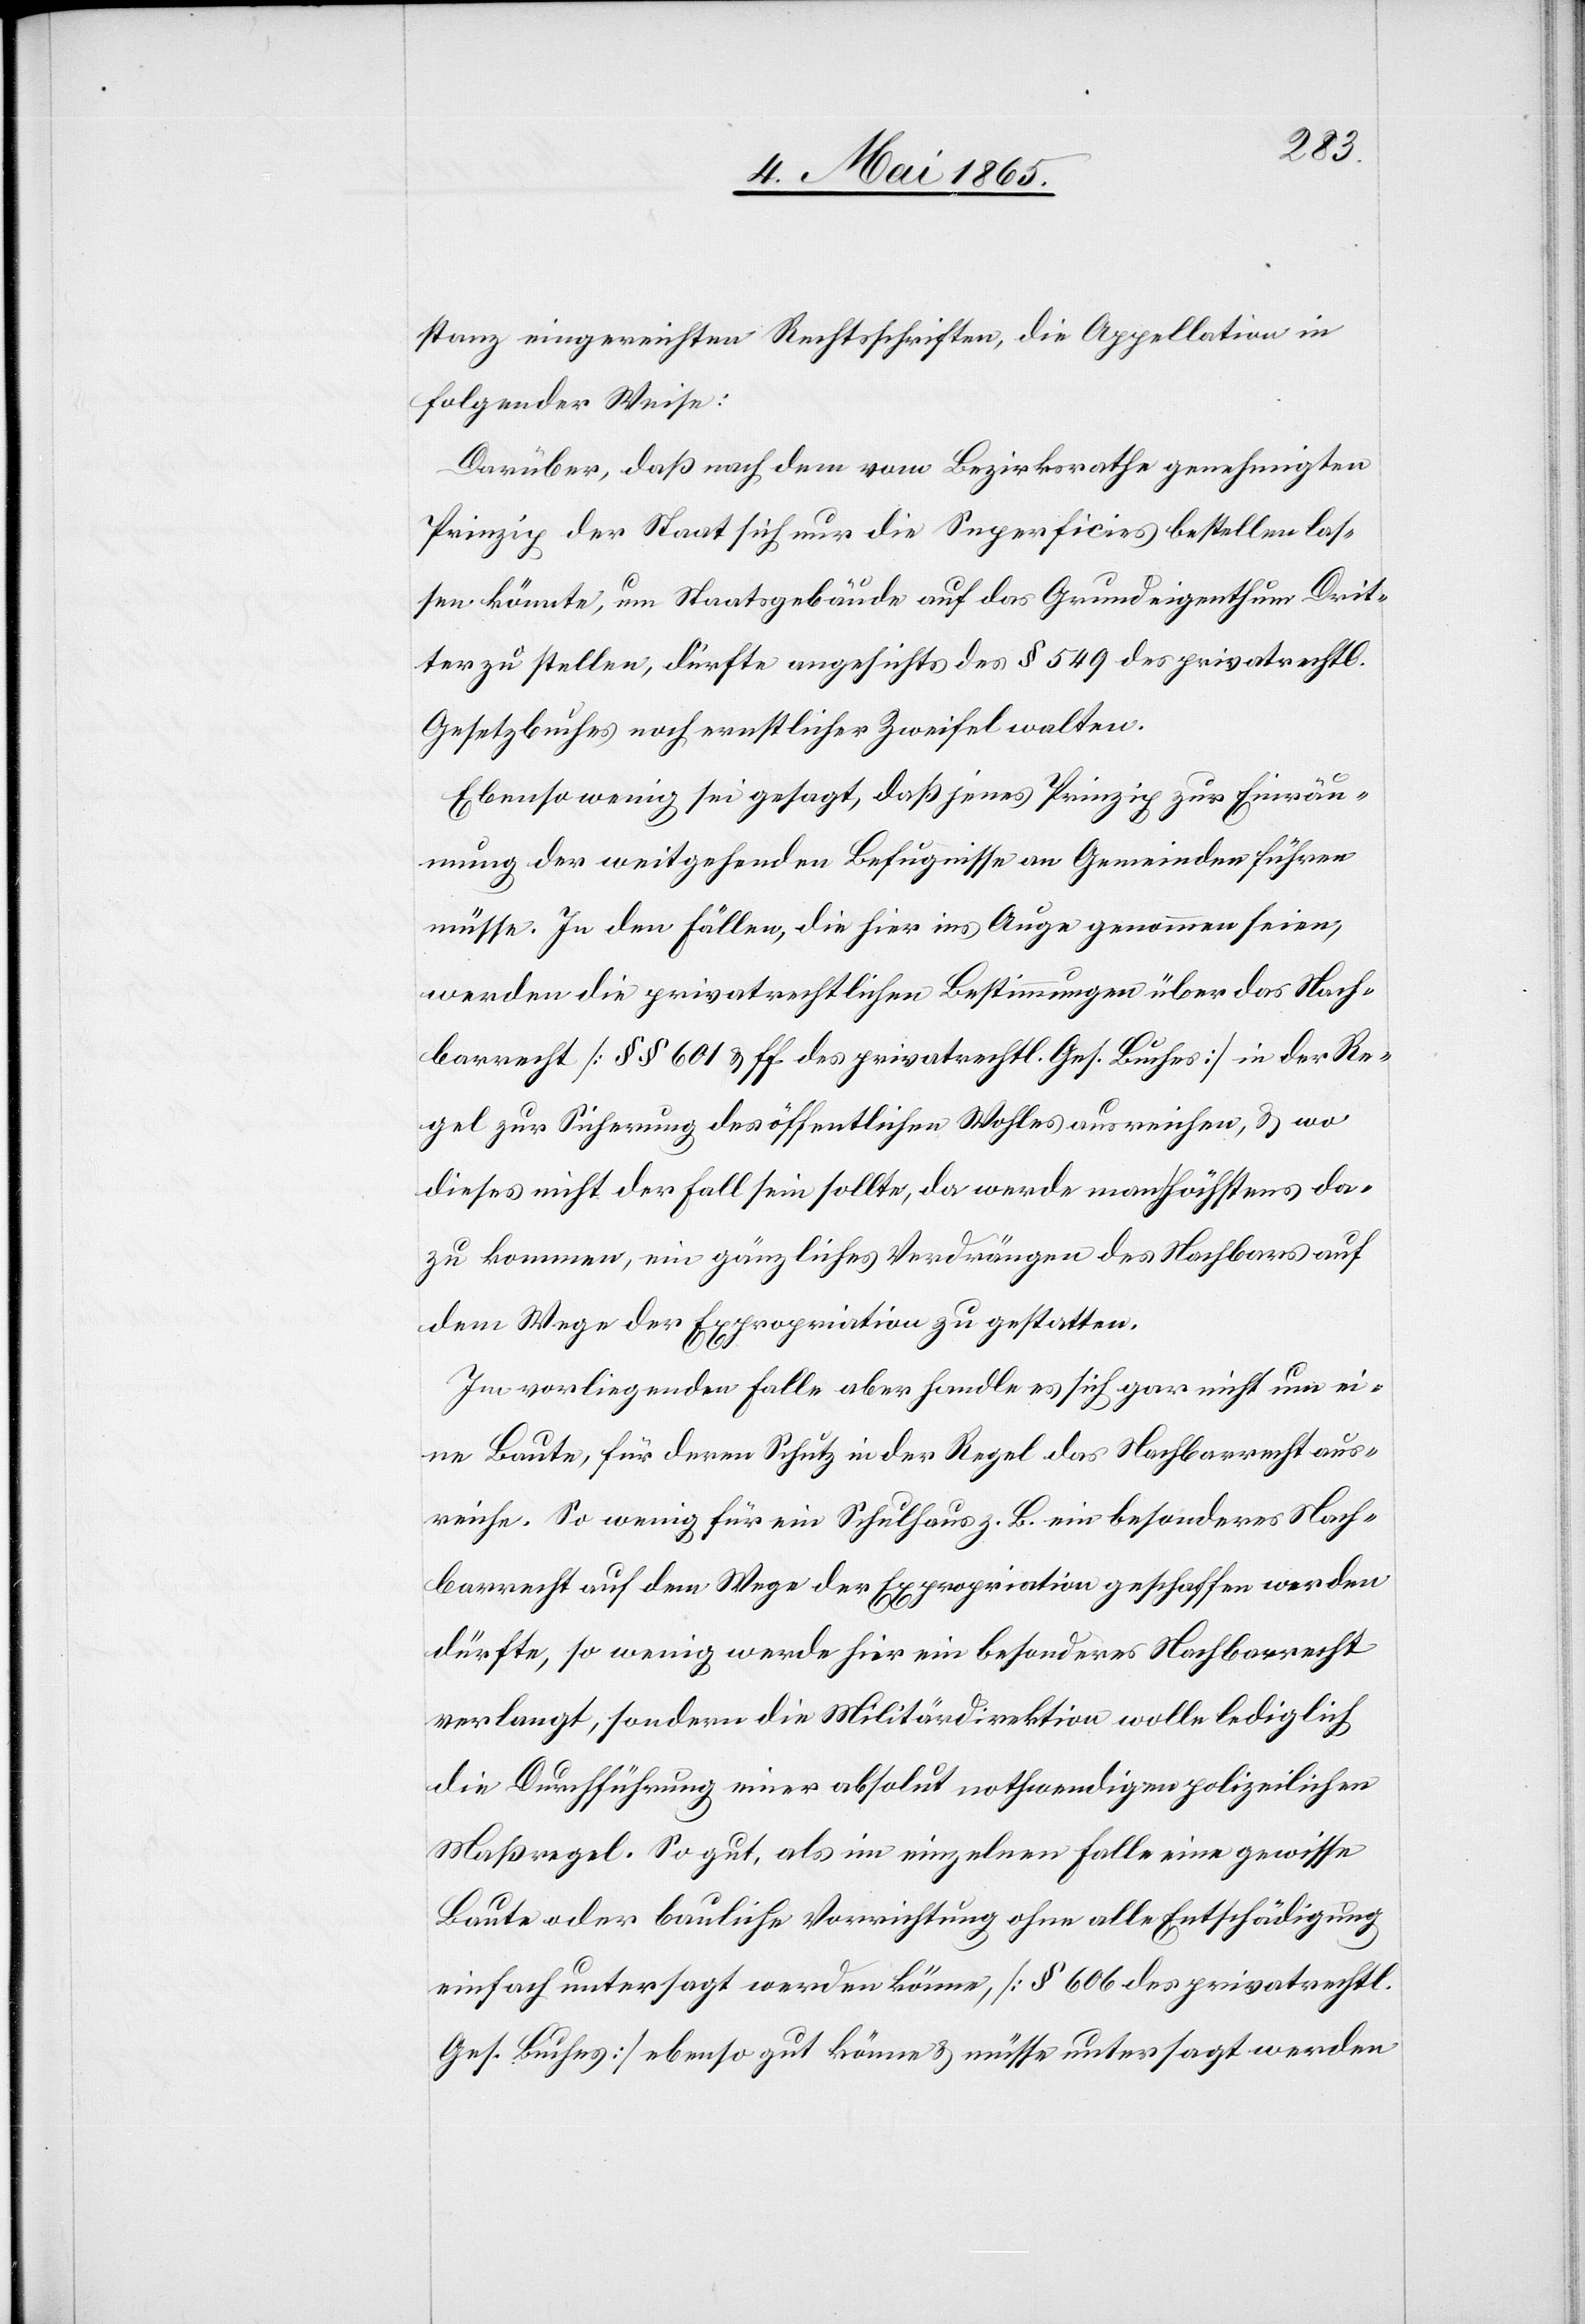
stanz eingereichten Rechtsschriften, die Appellation in
folgender Weise:
Darüber, daß nach dem vom Bezirksrathe genehmigten
Prinzip der Staat sich nur die Superficies bestellen las¬
sen könnte, um Staatsgebäude auf das Grundeigenthum Drit¬
ter zu stellen, dürfte angesichts des § 549 des privatrechtl.
Gesetzbuches noch ernstlicher Zweifel walten.
Ebensowenig sei gesagt, daß jenes Prinzip zur Einräu¬
mung der weitgehenden Befugnisse an Gemeinden führen
müsse. In den Fällen, die hier ins Auge genommen seien,
werden die privatrechtlichen Bestimmungen über das Nach¬
barrecht [§ § 601 & ff des privatrechtl. Ges. Buches] in der Re¬
gel zur Sicherung des öffentlichen Wohles ausreichen, & wo
dieses nicht der Fall sein sollte, da werde man höchstens da¬
zu kommen, ein gänzliches Verdrängen des Nachbars auf
dem Wege der Expropriation zu gestatten.
Im vorliegenden Falle aber handle es sich gar nicht um ei¬
ne Baute, für deren Schutz in der Regel das Nachbarrecht aus¬
reiche. So wenig für ein Schulhaus z. B. ein besonderes Nach¬
barrecht auf dem Wege der Expropriation geschaffen werden
dürfte, so wenig werde hier ein besonderes Nachbarrecht
verlangt, sondern die Militärdirektion wolle lediglich
die Durchführung einer absolut nothwendigen polizeilichen
Maßregel. So gut, als im einzelnen Falle eine gewisse
Baute oder bauliche Vorrichtung ohne alle Entschädigung
einfach untersagt werden könne [§ 606 des privatrechtl.
Ges. Buches] ebenso gut könne & müsse untersagt werden